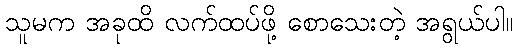
သူမက အခုထိ လက်ထပ်ဖို့ စောသေးတဲ့ အရွယ်ပါ။